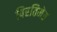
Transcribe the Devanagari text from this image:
पिरतिमेत